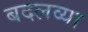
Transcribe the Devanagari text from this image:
बदलव्या